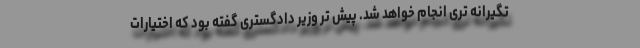
تگیرانه تری انجام خواهد شد. پیش تر وزیر دادگستری گفته بود که اختیارات